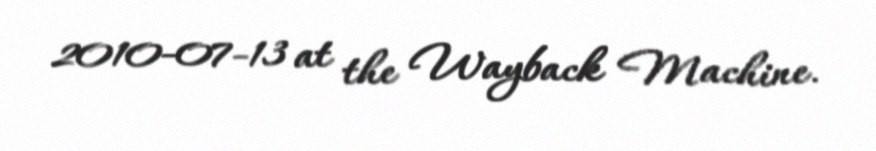
2010-07-13 at the Wayback Machine.